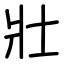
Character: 壯